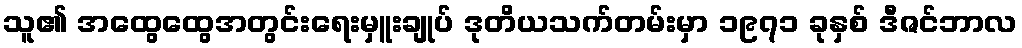
သူ၏ အထွေထွေအတွင်းရေးမှူးချုပ် ဒုတိယသက်တမ်းမှာ ၁၉၇၁ ခုနှစ် ဒီဇင်ဘာလ